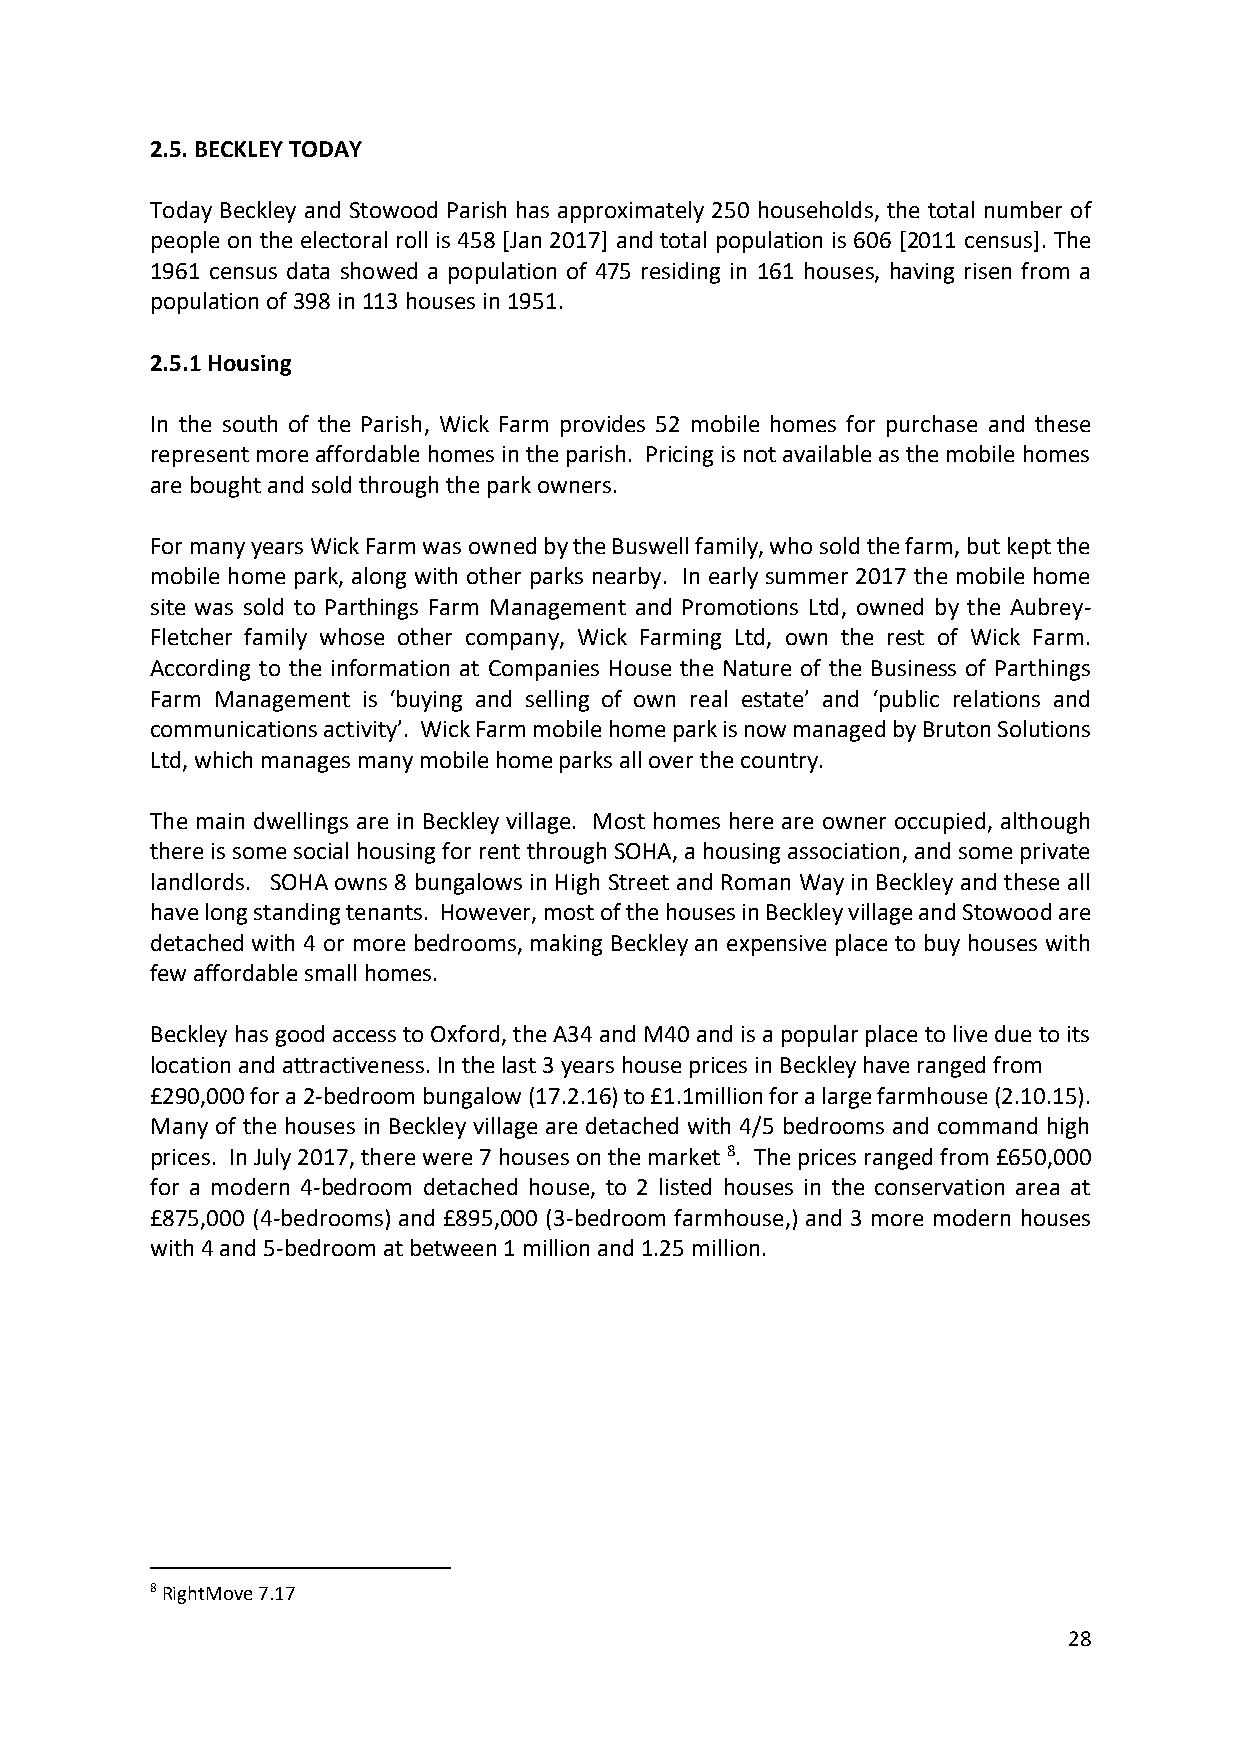
2.5. BECKLEY TODAY
 Today Beckley and Stowood Parish has approximately 250 households, the total number of
 people on the electoral roll is 458 [Jan 2017] and total population is 606 [2011 census]. The
 1961 census data showed a population of 475 residing in 161 houses, having risen from a
 population of 398 in 113 houses in 1951.
 2.5.1 Housing
 In the south of the Parish, Wick Farm provides 52 mobile homes for purchase and these
 represent more affordable homes in the parish. Pricing is not available as the mobile homes
 are bought and sold through the park owners.
 For many years Wick Farm was owned by the Buswell family, who sold the farm, but kept the
 mobile home park, along with other parks nearby. In early summer 2017 the mobile home
 site was sold to Parthings Farm Management and Promotions Ltd, owned by the Aubrey-
 Fletcher family whose other company, Wick Farming Ltd, own the rest of Wick Farm.
 According to the information at Companies House the Nature of the Business of Parthings
 Farm Management is ‘buying and selling of own real estate’ and ‘public relations and
 communications activity’. Wick Farm mobile home park is now managed by Bruton Solutions
 Ltd, which manages many mobile home parks all over the country.
 The main dwellings are in Beckley village. Most homes here are owner occupied, although
 there is some social housing for rent through SOHA, a housing association, and some private
 landlords. SOHA owns 8 bungalows in High Street and Roman Way in Beckley and these all
 have long standing tenants. However, most of the houses in Beckley village and Stowood are
 detached with 4 or more bedrooms, making Beckley an expensive place to buy houses with
 few affordable small homes.
 Beckley has good access to Oxford, the A34 and M40 and is a popular place to live due to its
 location and attractiveness. In the last 3 years house prices in Beckley have ranged from
 £290,000 for a 2-bedroom bungalow (17.2.16) to £1.1million for a large farmhouse (2.10.15).
 Many of the houses in Beckley village are detached with 4/5 bedrooms and command high
 prices. In July 2017, there were 7 houses on the market 8. The prices ranged from £650,000
 for a modern 4-bedroom detached house, to 2 listed houses in the conservation area at
 £875,000 (4-bedrooms) and £895,000 (3-bedroom farmhouse,) and 3 more modern houses
 with 4 and 5-bedroom at between 1 million and 1.25 million.
 8 RightMove 7.17
 28